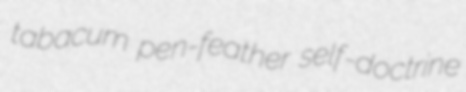
tabacum pen-feather self-doctrine